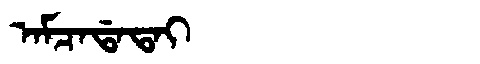
Manchu: ᠠᠮᠴᠠᡩᠠᡨᠠᡳ
Romanization: AMCADATAI